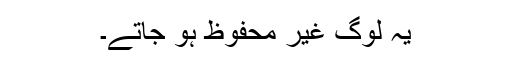
یہ لوگ غیر محفوظ ہو جاتے۔